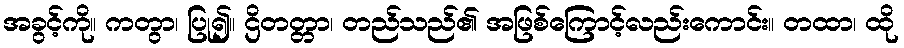
အခွင့်ကို။ ကတွာ၊ ပြု၍။ ဌိတတ္တာ၊ တည်သည်၏ အဖြစ်ကြောင့်လည်းကောင်း။ တထာ၊ ထို